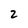
Character: 2